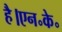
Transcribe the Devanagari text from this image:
है।एन॰के॰